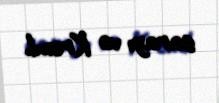
sarayı və Kreml.